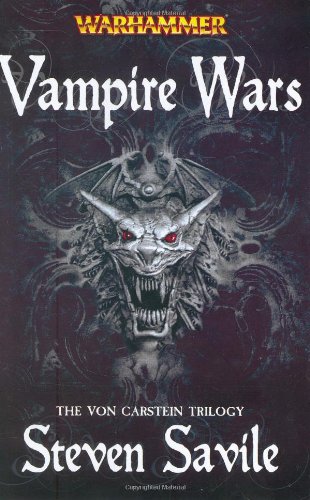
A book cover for Vampire Wars: The Von Carstein Trilogy (Warhammer Novels); Steven Savile; Literature & Fiction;